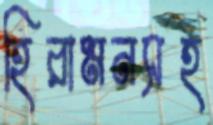
হিরামনসহ